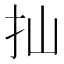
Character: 𢩳